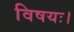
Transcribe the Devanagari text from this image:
विषयः।